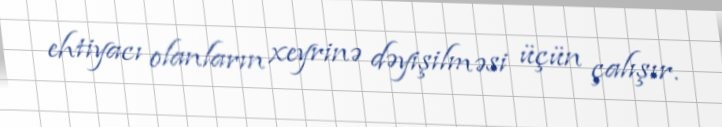
ehtiyacı olanların xeyrinə dəyişilməsi üçün çalışır.